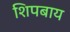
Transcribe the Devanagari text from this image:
शिपबाय